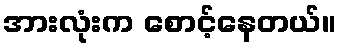
အားလုံးက စောင့်နေတယ်။